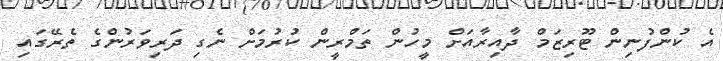
އެ ކުންފުނިން ޓޫރިޒަމް ދާއިރާއަށް މީހުން ތަމްރީން ކުރުމަށް ނެގި ދަރިވަރުންގެ ތެރޭގައި